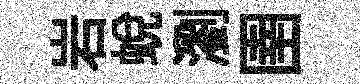
岩蜕瀏圉